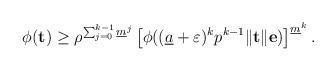
LaTeX: \begin{align*}\phi(\mathbf t)\geq \rho^{\sum_{j=0}^{k-1}\underline{m}^j}\left[\phi((\underline{a}+\varepsilon)^kp^{k-1}\|\mathbf t\|\mathbf e)\right]^{\underline{m}^k}.\end{align*}